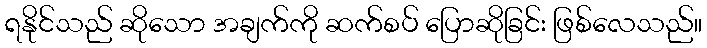
ရနိုင်သည် ဆိုသော အချက်ကို ဆက်စပ် ပြောဆိုခြင်း ဖြစ်လေသည်။